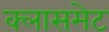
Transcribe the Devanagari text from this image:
क्लासमेट